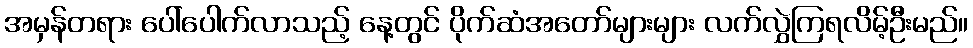
အမှန်တရား ပေါ်ပေါက်လာသည့် နေ့တွင် ပိုက်ဆံအတော်များများ လက်လွှဲကြရလိမ့်ဦးမည်။